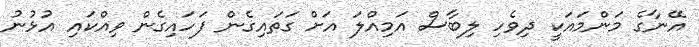
އޭނާގެ މަންމައަކީ ދިވެހި ލިބާސް އަމިއްލަ އަށް ގަތައިގެން ފަހައިގެން ވިއްކައި އުޅުނު